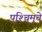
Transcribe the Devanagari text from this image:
पश्‍चिमचे